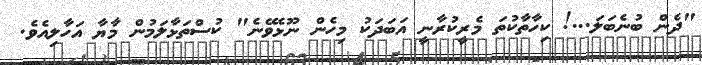
"ދެން ބުނެބަލަ...! ކިހާތާކުތަ މެރީކުރާނީ އަބަދަކު މިހެން ނޫޅެވޭނެ" ކުސްތަޅާލަމުން މާޔާ އަހާލިއެވެ.